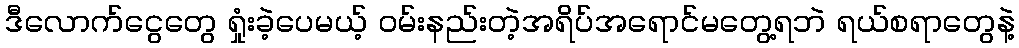
ဒီလောက်ငွေတွေ ရှုံးခဲ့ပေမယ့် ဝမ်းနည်းတဲ့အရိပ်အရောင်မတွေ့ရဘဲ ရယ်စရာတွေနဲ့